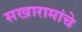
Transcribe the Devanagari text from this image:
सखारामांचे